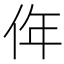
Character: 𠈠